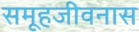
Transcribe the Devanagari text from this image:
समूहजीवनास